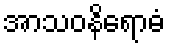
အာသဝနိရောဓံ